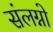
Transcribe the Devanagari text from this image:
संलग्नो